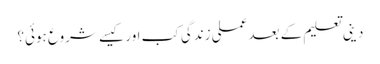
دینی تعلیم کے بعد عملی زندگی کب اور کیسے شروع ہوئیَ؟